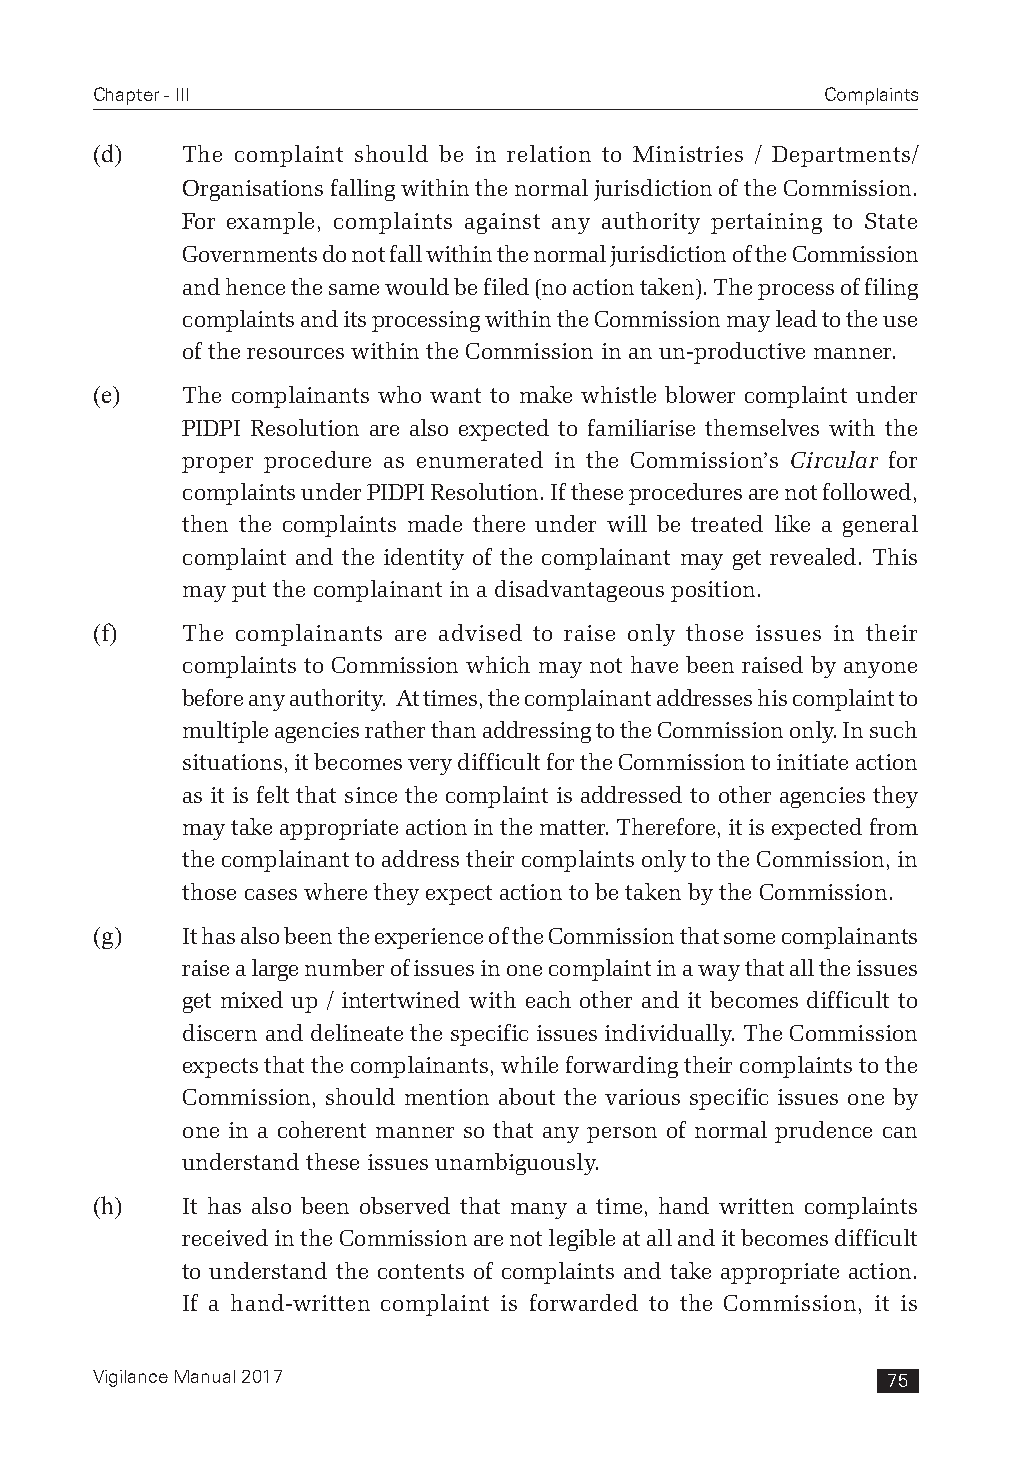
Chapter - III                                    Complaints
 (d)   The complaint should be in relation to Ministries / Departments/
 Organisations falling within the normal jurisdiction of the Commission.
 For example, complaints against any authority pertaining to State
 Governments do not fall within the normal jurisdiction of the Commission
 and hence the same would be filed (no action taken). The process of filing
 complaints and its processing within the Commission may lead to the use
 of the resources within the Commission in an un-productive manner.
 (e)   The complainants who want to make whistle blower complaint under
 PIDPI Resolution are also expected to familiarise themselves with the
 proper procedure as enumerated in the Commission’s Circular for
 complaints under PIDPI Resolution. If these procedures are not followed,
 then the complaints made there under will be treated like a general
 complaint and the identity of the complainant may get revealed. This
 may put the complainant in a disadvantageous position.
 (f)   The complainants are advised to raise only those issues in their
 complaints to Commission which may not have been raised by anyone
 before any authority. At times, the complainant addresses his complaint to
 multiple agencies rather than addressing to the Commission only. In such
 situations, it becomes very difficult for the Commission to initiate action
 as it is felt that since the complaint is addressed to other agencies they
 may take appropriate action in the matter. Therefore, it is expected from
 the complainant to address their complaints only to the Commission, in
 those cases where they expect action to be taken by the Commission.
 (g)   It has also been the experience of the Commission that some complainants
 raise a large number of issues in one complaint in a way that all the issues
 get mixed up / intertwined with each other and it becomes difficult to
 discern and delineate the specific issues individually. The Commission
 expects that the complainants, while forwarding their complaints to the
 Commission, should mention about the various specific issues one by
 one in a coherent manner so that any person of normal prudence can
 understand these issues unambiguously.
 (h)   It has also been observed that many a time, hand written complaints
 received in the Commission are not legible at all and it becomes difficult
 to understand the contents of complaints and take appropriate action.
 If a hand-written complaint is forwarded to the Commission, it is
 Vigilance Manual 2017                                75